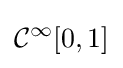
{\mathcal {C}}^{\infty }[0,1]